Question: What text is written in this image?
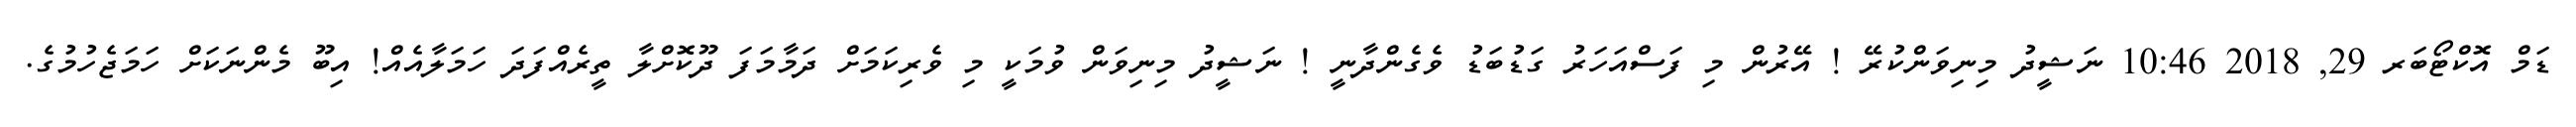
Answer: ޑަމް އޮކްޓޯބަރ 29, 2018 10:46 ނަޝީދު މިނިވަންކުރޭ ! އޭރުން މި ފަސްއަހަރު ގަޑުބަޑު ވެގެންދާނީ ! ނަޝީދު މިނިވަން ވުމަކީ މި ވެރިކަމަށް ދަމާމަފަ ދޫކޮށްލާ ތީރެއްފަދަ ހަމަލާއެއް! އިބޫ މެންނަކަށް ހަމަޖެހުމުގެ.